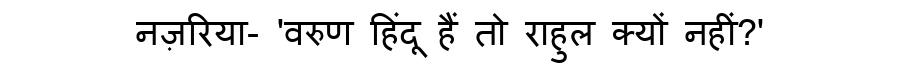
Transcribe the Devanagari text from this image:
नज़रिया- 'वरुण हिंदू हैं तो राहुल क्यों नहीं?'